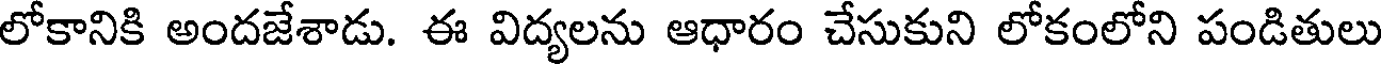
లోకానికి అందజేశాడు. ఈ విద్యలను ఆధారం చేసుకుని లోకంలోని పండితులు